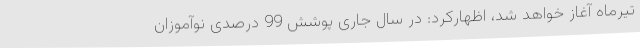
تیرماه آغاز خواهد شد، اظهارکرد: در سال جاری پوشش 99 درصدی نوآموزان